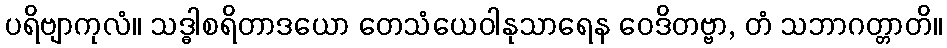
ပရိဗျာကုလံ။ သဒ္ဓါစရိတာဒယော တေသံယေဝါနုသာရေန ဝေဒိတဗ္ဗာ, တံ သဘာဂတ္တာတိ။